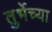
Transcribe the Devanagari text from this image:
तुर्भेच्या